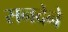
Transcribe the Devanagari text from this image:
सनदेने